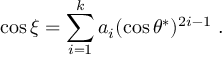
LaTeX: \cos { \xi } = \sum _ { i = 1 } ^ { k } a _ { i } ( \cos { \theta ^ { * } } ) ^ { 2 i - 1 } \ .